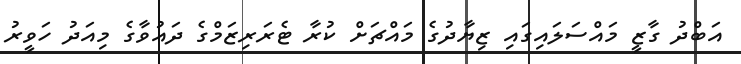
އަބްދު ގާޒީ މައްސަލައިގައި ޒިޔާދުގެ މައްޗަށް ކުރާ ޓެރަރިޒަމްގެ ދައުވާގެ މިއަދު ހަވީރު